Report on the lunatic asylums under the Government of Bombay - 1904-1913
Year: 1904
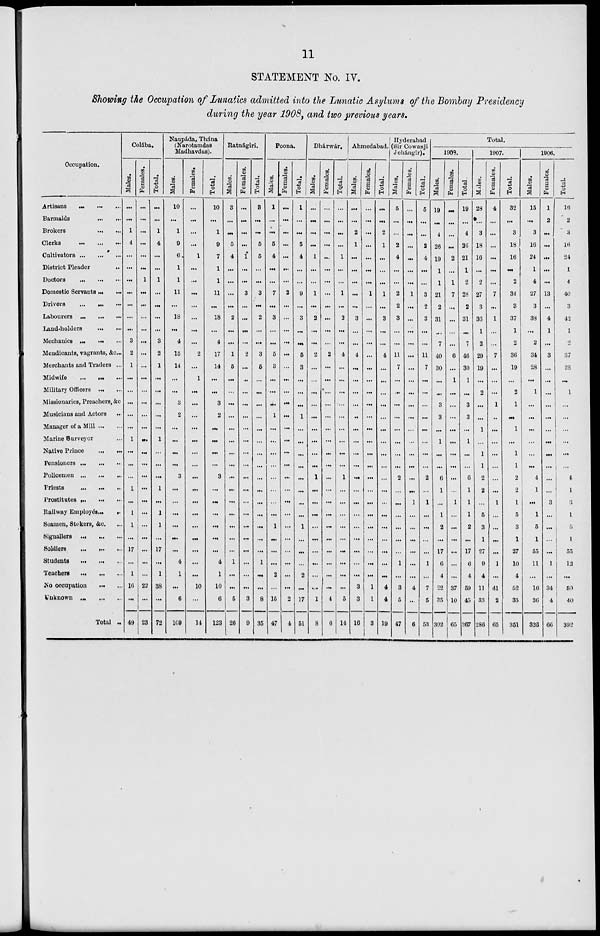
11
STATEMENT No. IV.
Showing the Occupation of Lunatics admitted into the Lunatic Asylums of the Bombay Presidency
during the year 1908, and two previous years.
Occupation.
Artisans ... ... ...
Barmaids ... ...
Brokers ... ...
Clerks ... ... ...
Cultivators ... ... ...
District Pleader ...
Doctors
... ... ...
Domestic Servants ... ...
Drivers ... ... ...
Labourers ... ... ...
Land-holders ... ...
Mechanics ... ... ...
Mendicants, vagrants, &c ...
Merchants and Traders ...
Midwife
... ... ...
Military Officers ... ...
Missionaries, Preachers, &c
Musicians and Actors ...
Manager of a Mill ... ...
Marine Surveyor ...
Native Prince ... ...
Pensioners ... ...
Policemen ... ... ...
Priests ... ... ...
Prostitutes ... ... ...
Railway Employés ... ...
Seamen, Stokers, &c. ...
Signallers ... ... ...
Soldiers
... ... ...
Students
... ... ...
Teachers ... ... ...
No occupation ... ...
Unknown ... ... ...
Total ..
Colába.
Males.
...
...
1
4
...
...
...
...
...
...
...
3
2
1
...
...
...
...
...
1
...
...
...
1
...
1
1
...
17
...
1
16
...
49
Females.
...
...
...
...
...
...
1
...
...
...
...
...
...
...
...
...
...
...
...
...
...
...
...
...
...
...
...
...
...
...
...
22
...
23
Total.
...
...
1
4
...
...
1
...
...
...
...
3
2
1
...
...
...
...
...
1
...
...
...
1
...
1
1
...
17
...
1
38
...
72
Naupáda, Thána
(Narotamdas
Madhavdas).
Males.
10
...
1
9
6
1
1
11
...
18
...
4
15
14
...
...
3
2
...
...
...
...
3
...
...
...
...
...
...
4
1
...
6
109
Females.
...
...
...
...
1
...
...
...
...
...
...
...
2
...
1
...
...
...
...
...
...
...
...
...
...
...
...
...
...
...
...
10
...
14
Total.
10
...
1
9
7
1
1
11
...
18
...
4
17
14
...
...
3
2
...
...
...
...
3
...
...
...
...
...
...
4
1
10
6
123
Ratnágiri.
Males.
3
...
...
5
4
...
...
...
...
2
...
...
1
5
...
...
...
...
...
...
...
...
...
...
...
...
...
...
...
1
...
...
5
26
Females.
...
...
...
...
1
...
...
3
...
...
...
...
2
...
...
...
...
...
...
...
...
...
...
...
...
...
...
...
...
...
...
...
3
9
Total.
3
...
...
5
5
...
...
3
...
2
...
...
3
5
...
...
...
...
...
...
...
...
...
...
...
...
...
...
...
1
...
...
8
35
Poona.
Males.
1
...
...
5
4
...
...
7
...
3
...
...
5
3
...
...
...
1
...
...
...
...
...
...
...
...
1
...
...
...
2
...
15
47
Females.
...
...
...
...
...
...
...
2
...
...
...
...
...
...
...
...
...
...
...
...
...
...
...
...
...
...
...
...
...
...
...
...
2
4
Total.
1
...
...
5
4
...
...
9
...
3
...
...
5
3
...
...
...
1
...
...
...
...
...
...
...
...
1
...
...
...
2
...
17
51
Dhárwár.
Males.
...
...
...
...
1
...
...
1
...
2
...
...
2
...
...
...
...
...
...
...
...
...
1
...
...
...
...
...
...
...
...
....
1
8
Females.
...
...
...
...
...
...
...
...
...
...
...
...
2
...
...
...
...
...
...
...
...
...
...
...
...
...
...
...
...
...
...
...
4
6
Total.
...
...
...
...
1
...
...
1
...
2
...
...
4
...
...
...
...
...
...
...
...
...
1
...
...
...
...
...
...
...
...
...
5
14
Ahmedabad.
Males.
...
...
2
1
...
...
...
...
...
3
...
...
4
...
...
...
...
..
...
...
...
...
...
...
...
...
...
...
...
...
...
3
3
16
Females.
...
...
...
...
...
...
...
1
...
...
...
...
...
...
...
...
...
...
...
...
...
...
...
...
...
...
...
...
...
...
...
1
1
3
Total.
...
...
2
1
...
...
...
1
...
3
...
...
4
...
...
...
...
...
...
...
...
...
...
...
...
...
...
...
...
...
...
4
4
19
Hyderabad
(Sir Cowasji
Jehángir).
Males.
5
...
...
2
4
...
...
2
2
3
...
...
11
7
...
...
...
...
...
...
...
...
2
...
...
...
...
...
...
1
...
3
5
47
Females.
...
...
...
...
...
...
...
1
...
...
...
...
...
...
...
...
...
...
...
...
...
...
...
...
1
...
...
...
...
...
...
4
...
6
Total.
5
...
...
2
4
...
...
3
2
3
...
...
11
7
...
...
...
...
...
...
...
...
2
...
1
...
...
...
...
1
...
7
5
58
Total.
1908.
Males.
19
...
4
26
19
1
1
21
2
31
...
7
40
30
...
...
3
3
...
1
...
...
6
1
...
1
2
...
17
6
4
22
35
302
Females.
...
...
...
...
2
...
1
7
...
...
...
...
6
...
1
...
...
...
...
...
...
...
...
...
1
...
...
...
...
...
...
37
10
65
Total.
19
...
4
26
21
1
2
28
2
31
...
7
46
30
1
...
3
3
...
1
...
...
6
1
1
1
2
...
17
6
4
59
45
367
1907.
Males.
28
...
3
18
16
...
2
27
3
36
1
2
29
19
...
2
...
...
1
...
1
1
2
2
...
5
3
1
27
9
4
11
33
286
Females.
4
...
...
...
...
...
...
7
...
1
...
...
7
...
...
...
1
...
...
...
...
...
...
...
1
...
...
...
...
1
...
41
2
65
Total.
32
...
3
18
16
...
2
34
3
37
1
2
36
19
...
2
1
...
1
...
1
1
2
2
1
5
3
1
27
10
4
52
35
351
1906.
Males.
15
...
3
16
24
1
4
27
3
33
...
2
34
28
...
1
...
...
...
...
...
...
4
1
...
1
5
1
55
11
...
16
36
323
Females.
1
2
...
...
...
...
...
13
...
4
1
...
3
...
...
...
...
...
...
...
...
...
...
...
3
...
...
...
...
1
...
34
4
66
Total.
16
2
3
16
24
1
4
40
3
42
1
2
37
28
...
1
...
...
...
...
...
...
4
1
3
1
5
1
55
12
...
50
40
392